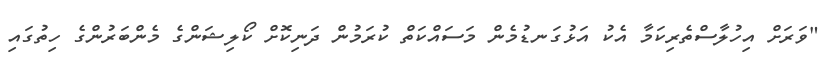
"ވަރަށް އިހުލާސްތެރިކަމާ އެކު އަޅުގަނޑުމެން މަސައްކަތް ކުރަމުން ދަނިކޮށް ކޯލިޝަންގެ މެންބަރުންގެ ހިތުގައި